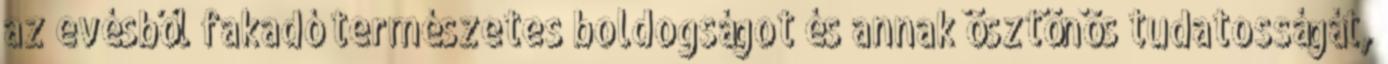
az evésből fakadó természetes boldogságot és annak ösztönös tudatosságát,